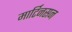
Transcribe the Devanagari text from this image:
मार्टिनसन